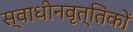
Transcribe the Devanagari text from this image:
स्वाधीनवृत्तिकों